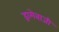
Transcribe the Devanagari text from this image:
ड्रामेबाजी